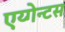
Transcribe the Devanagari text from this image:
एय्गेन्टस